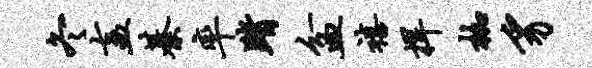
冬盍綦率踏盆禧捍枷豸